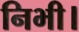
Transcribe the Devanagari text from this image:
निभी।